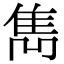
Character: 雋